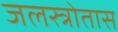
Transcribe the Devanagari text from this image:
जलस्त्रोतास